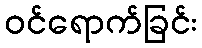
ဝင်ရောက်ခြင်း